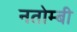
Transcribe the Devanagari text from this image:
नतोम्बी